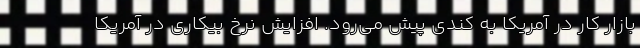
بازار کار در آمریکا به کندی پیش می‌رود. افزایش نرخ بیکاری در آمریکا